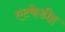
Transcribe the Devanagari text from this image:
एटकेडीह